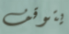
يتوقف